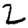
Digit: 2